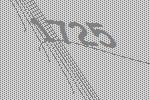
1725